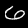
Label: 6